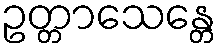
ဥတ္တာသေန္တေ